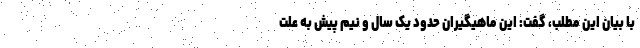
با بیان این مطلب، گفت: این ماهیگیران حدود یک سال و نیم پیش به علت